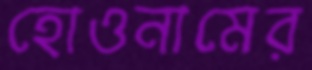
হোওনামের